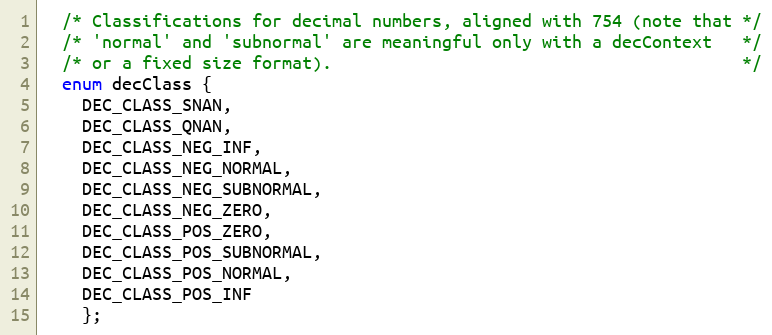
Language: C
  /* Classifications for decimal numbers, aligned with 754 (note that */
  /* 'normal' and 'subnormal' are meaningful only with a decContext   */
  /* or a fixed size format).                                         */
  enum decClass {
    DEC_CLASS_SNAN,
    DEC_CLASS_QNAN,
    DEC_CLASS_NEG_INF,
    DEC_CLASS_NEG_NORMAL,
    DEC_CLASS_NEG_SUBNORMAL,
    DEC_CLASS_NEG_ZERO,
    DEC_CLASS_POS_ZERO,
    DEC_CLASS_POS_SUBNORMAL,
    DEC_CLASS_POS_NORMAL,
    DEC_CLASS_POS_INF
    };